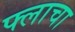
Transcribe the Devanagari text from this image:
फ्लाचा